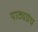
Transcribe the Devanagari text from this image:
पाठ्यग्रंथ